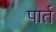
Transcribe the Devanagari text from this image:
पार्त